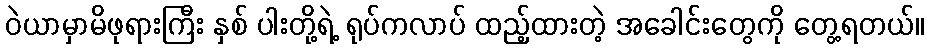
ဝဲယာမှာမိဖုရားကြီး နှစ် ပါးတို့ရဲ့ ရုပ်ကလာပ် ထည့်ထားတဲ့ အခေါင်းတွေကို တွေ့ရတယ်။